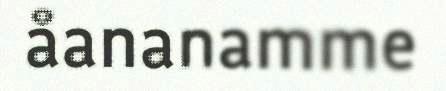
åananamme